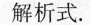
解析式.